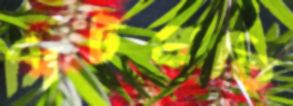
সিটপ্রতি